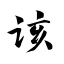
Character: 该